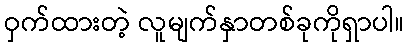
ဝှက်ထားတဲ့ လူမျက်နှာတစ်ခုကိုရှာပါ။